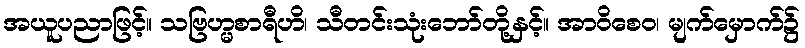
အယူပညာဖြင့်။ သဗြဟ္မစာရီဟိ၊ သီတင်းသုံးဘော်တို့နှင့်။ အာဝိစေဝ၊ မျက်မှောက်၌